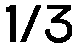
1/3